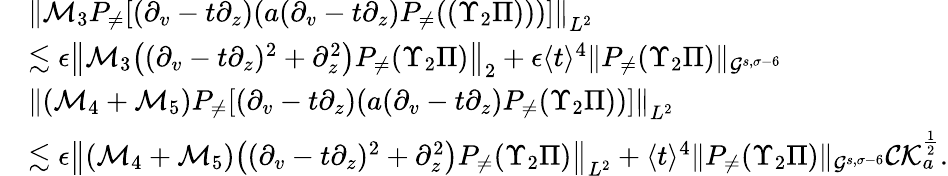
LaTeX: \begin{array}{rl}&{\left\| \mathcal{M}_{3}P_{\neq}[(\partial_{v}-t\partial_{z})(a(\partial_{v}-t\partial_{z})P_{\neq}((\Upsilon_{2}\Pi)))]\right\| _{L^{2}}}\\ &{\lesssim\epsilon\left\| \mathcal{M}_{3}\big((\partial_{v}-t\partial_{z})^{2}+\partial_{z}^{2}\big)P_{\neq}(\Upsilon_{2}\Pi)\right\| _{2}+\epsilon\langle t\rangle^{4}\| P_{\neq}(\Upsilon_{2}\Pi)\| _{\mathcal{G}^{s,\sigma-6}}}\\ &{\left\| (\mathcal{M}_{4}+\mathcal{M}_{5})P_{\neq}[(\partial_{v}-t\partial_{z})(a(\partial_{v}-t\partial_{z})P_{\neq}(\Upsilon_{2}\Pi))]\right\| _{L^{2}}}\\ &{\lesssim\epsilon\left\| (\mathcal{M}_{4}+\mathcal{M}_{5})\big((\partial_{v}-t\partial_{z})^{2}+\partial_{z}^{2}\big)P_{\neq}(\Upsilon_{2}\Pi)\right\| _{L^{2}}+\langle t\rangle^{4}\| P_{\neq}(\Upsilon_{2}\Pi)\| _{\mathcal{G}^{s,\sigma-6}}\mathcal{CK}_{a}^{\frac 12}.}\end{array}